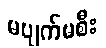
မပျက်မစီး